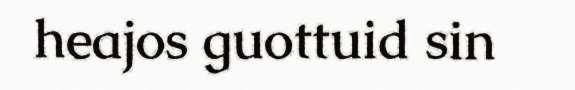
heajos guottuid sin